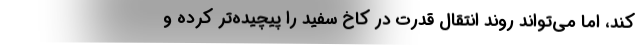
کند، اما می‌تواند روند انتقال قدرت در کاخ سفید را پیچیده‌تر کرده و